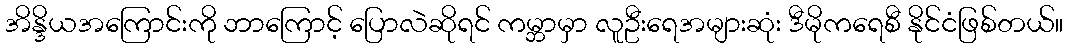
အိန္ဒိယအကြောင်းကို ဘာကြောင့် ပြောလဲဆိုရင် ကမ္ဘာမှာ လူဦးရေအများဆုံး ဒီမိုကရေစီ နိုင်ငံဖြစ်တယ်။